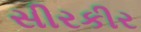
સીરકીર